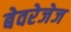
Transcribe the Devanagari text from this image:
बेवरेजेज